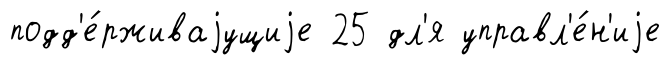
подд'е́рживаjущиjе 25 дл'я управл'е́н'иjе